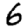
Digit: 6